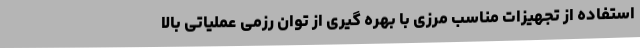
استفاده از تجهیزات مناسب مرزی با بهره گیری از توان رزمی عملیاتی بالا